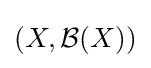
(X,{\mathcal {B}}(X))